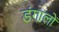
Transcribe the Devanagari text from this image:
डंगालों